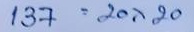
137 = 20x20